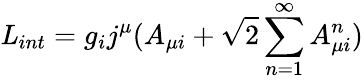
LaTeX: {\mathit L_{int}}=g_{i}j^{\mu}(A_{\mu i}+\sqrt 2\sum_{n=1}^{\infty}A_{\mu i}^{n})